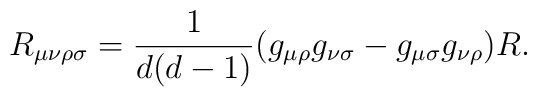
R_{\mu\nu\rho\sigma} = \frac {1}{d(d-1)} ( g_{\mu\rho} g_{\nu\sigma} -g_{\mu\sigma} g_{\nu\rho} ) R .